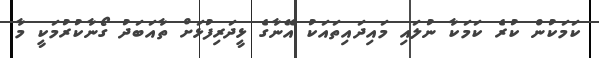
ކަމަކުން ކުރެ ކަމަކާ ނުލައި މައިދައިތައަކު އޭނާގެ ޅީދަރިފުޅަށް ތާއަބަދު ގޯނާކުރުމަކީ މާ